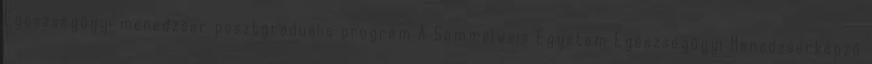
Egészségügyi menedzser posztgraduális program A Semmelweis Egyetem Egészségügyi Menedzserképző